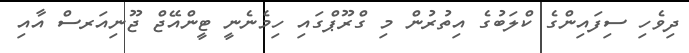
ދިވެހި ސިފައިންގެ ކްލަބުގެ އިތުރުން މި ގްރޫޕްގައި ހިމެނެނީ ޓީންއޭޖް ޖޫނިއަރސް އާއި